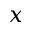
x